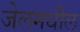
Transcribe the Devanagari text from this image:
जेलमधील